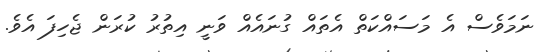
ނަމަވެސް އެ މަސައްކަތް އެތައް ގުނައެއް ވަނީ އިތުރު ކުރަން ޖެހިފަ އެވެ.